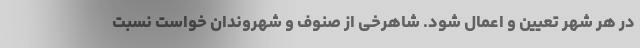
در هر شهر تعیین و اعمال ‌شود. شاهرخی از صنوف و شهروندان خواست نسبت